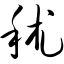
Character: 秫